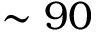
\sim 9 0